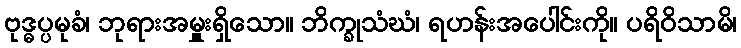
ဗုဒ္ဓပ္ပမုခံ၊ ဘုရားအမှူးရှိသော။ ဘိက္ခုသံဃံ၊ ရဟန်းအပေါင်းကို။ ပရိဝိသာမိ၊